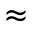
\approx